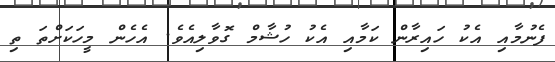
ފެނުމާއި އެކު ހައިރާން ކަމާއި އެކު ހުޝާމް ގޮވާލިއެވެ. އެހެން މީހަކަށްތަ ތި